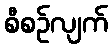
စီစဉ်လျက်